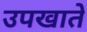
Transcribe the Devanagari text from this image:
उपखाते